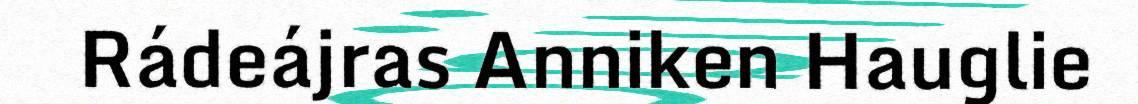
Rádeájras Anniken Hauglie